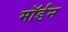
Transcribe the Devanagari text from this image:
माॅर्डन